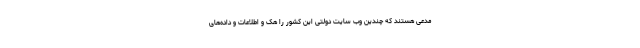
مدعی هستند که چندین وب سایت دولتی این کشور را هک و اطلاعات و داده‌های